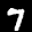
Label: 7